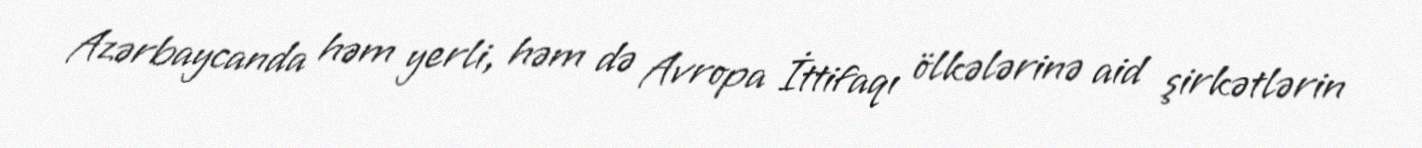
Azərbaycanda həm yerli, həm də Avropa İttifaqı ölkələrinə aid şirkətlərin